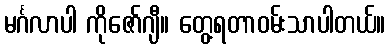
မင်္ဂလာပါ ကိုဇော်ဂျီ။ တွေ့ရတာဝမ်းသာပါတယ်။